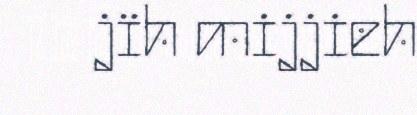
jïh mijjieh